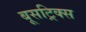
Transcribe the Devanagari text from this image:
बूसट्रिक्स